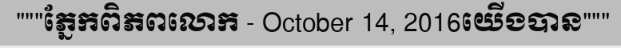
"""ភ្នែកពិភពលោក - October 14, 2016យើងបាន"""